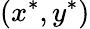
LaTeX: (x^{*},y^{*})